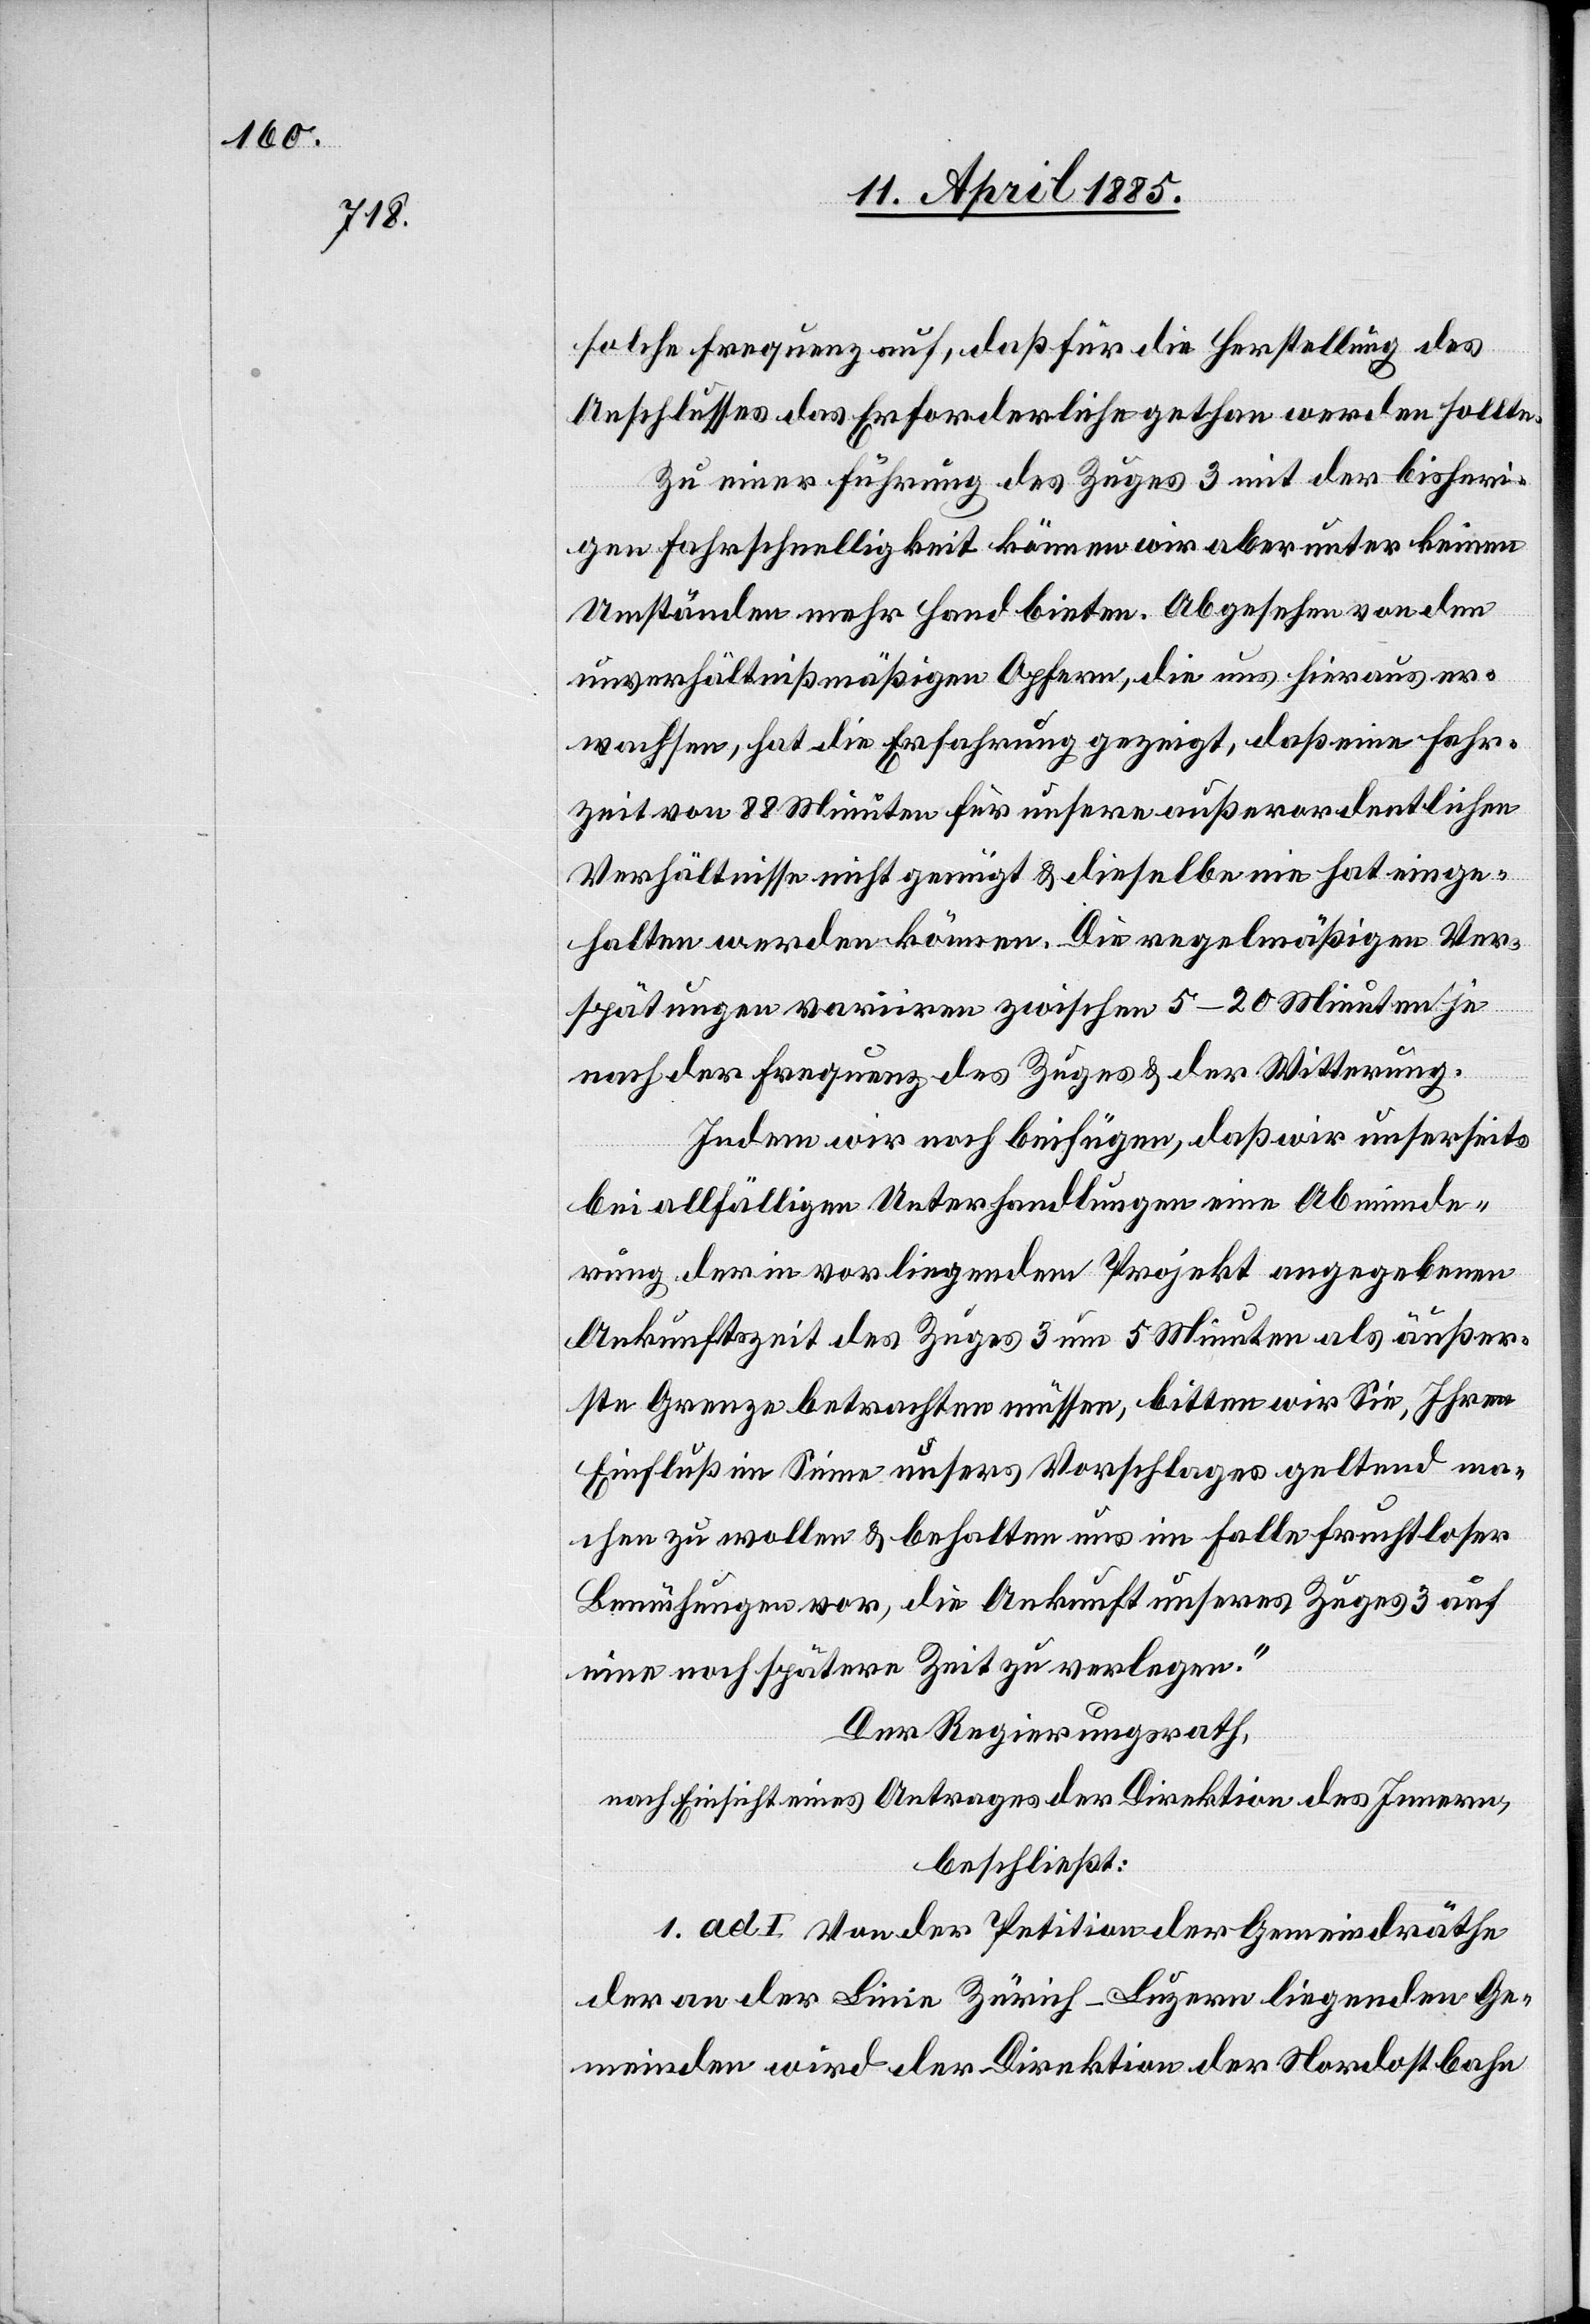
solche Frequenz auf, daß für die Herstellung des
Anschlusses das Erforderliche gethan werden sollte.
Zu einer Führung des Zuges 3 mit der bisheri¬
gen Fahrschnelligkeit können wir aber unter keinen
Umständen mehr Hand bieten. Abgesehen von den
unverhältnißmäßigen Opfern, die uns hieraus er¬
wachsen, hat die Erfahrung gezeigt, daß eine Fahr¬
zeit von 88 Minuten für unsere außerordentlichen
Verhältnisse nicht genügt & dieselben nie hat einge¬
halten werden können. Die regelmäßigen Ver¬
spätungen variren zwischen 5–20 Minuten je
nach der Frequenz des Zuges & der Witterung.
Indem wir noch beifügen, daß wir unserseits
allfälligen Unterhandlungen eine Abminde¬
rung der in vorliegendem Projekt angegebenen
Ankunftszeit des Zuges 3 um 5 Minuten als äußer¬
ste Grenze betrachten müssen, bitten wir Sie, Ihren
Einfluß im Sinne unseres Vorschlages geltend ma¬
chen zu wollen & behalten uns im Falle fruchtloser
Bemühungen vor, die Ankunft unseres Zuges 3 auf
eine noch spätere Zeit zu verlangen.“
Der Regierungsrath,
nach Einsicht eines Antrages der Direktion des Innern,
beschließt:
1. ad I. Von der Petition der Gemeindräthe
der an der Linie Zürich–Luzern liegenden Ge¬
meinden wird der Direktion der Nordostbahn